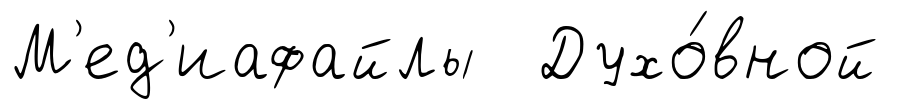
М'ед'иафайлы Духо́вной